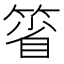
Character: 箵